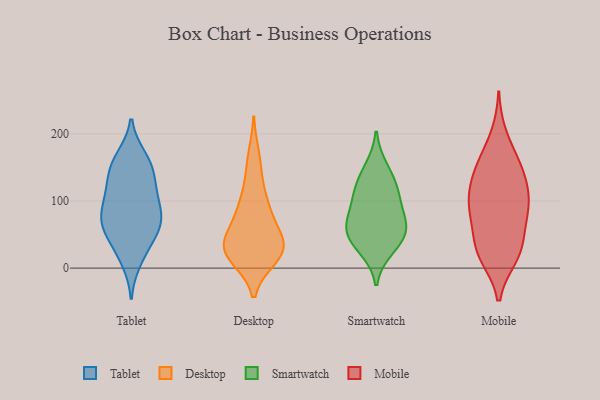
{"axis": {"x": "Net Income (USD K)", "y": "Value"}, "legend": ["Desktop", "Mobile", "Smartwatch", "Tablet"], "data": [{"x": "", "y": 142, "type": "Tablet"}, {"x": "", "y": 66, "type": "Tablet"}, {"x": "", "y": 20, "type": "Tablet"}, {"x": "", "y": 10, "type": "Tablet"}, {"x": "", "y": 156, "type": "Tablet"}, {"x": "", "y": 92, "type": "Tablet"}, {"x": "", "y": 43, "type": "Tablet"}, {"x": "", "y": 91, "type": "Tablet"}, {"x": "", "y": 62, "type": "Tablet"}, {"x": "", "y": 54, "type": "Tablet"}, {"x": "", "y": 166, "type": "Tablet"}, {"x": "", "y": 109, "type": "Tablet"}, {"x": "", "y": 109, "type": "Tablet"}, {"x": "", "y": 57, "type": "Tablet"}, {"x": "", "y": 75, "type": "Tablet"}, {"x": "", "y": 132, "type": "Tablet"}, {"x": "", "y": 135, "type": "Tablet"}, {"x": "", "y": 80, "type": "Tablet"}, {"x": "", "y": 164, "type": "Tablet"}, {"x": "", "y": 31, "type": "Desktop"}, {"x": "", "y": 37, "type": "Desktop"}, {"x": "", "y": 90, "type": "Desktop"}, {"x": "", "y": 32, "type": "Desktop"}, {"x": "", "y": 44, "type": "Desktop"}, {"x": "", "y": 16, "type": "Desktop"}, {"x": "", "y": 25, "type": "Desktop"}, {"x": "", "y": 21, "type": "Desktop"}, {"x": "", "y": 92, "type": "Desktop"}, {"x": "", "y": 20, "type": "Desktop"}, {"x": "", "y": 138, "type": "Desktop"}, {"x": "", "y": 90, "type": "Desktop"}, {"x": "", "y": 167, "type": "Desktop"}, {"x": "", "y": 54, "type": "Desktop"}, {"x": "", "y": 150, "type": "Smartwatch"}, {"x": "", "y": 81, "type": "Smartwatch"}, {"x": "", "y": 62, "type": "Smartwatch"}, {"x": "", "y": 100, "type": "Smartwatch"}, {"x": "", "y": 125, "type": "Smartwatch"}, {"x": "", "y": 40, "type": "Smartwatch"}, {"x": "", "y": 116, "type": "Smartwatch"}, {"x": "", "y": 60, "type": "Smartwatch"}, {"x": "", "y": 54, "type": "Smartwatch"}, {"x": "", "y": 28, "type": "Smartwatch"}, {"x": "", "y": 160, "type": "Mobile"}, {"x": "", "y": 106, "type": "Mobile"}, {"x": "", "y": 23, "type": "Mobile"}, {"x": "", "y": 198, "type": "Mobile"}, {"x": "", "y": 144, "type": "Mobile"}, {"x": "", "y": 17, "type": "Mobile"}, {"x": "", "y": 76, "type": "Mobile"}, {"x": "", "y": 18, "type": "Mobile"}, {"x": "", "y": 99, "type": "Mobile"}, {"x": "", "y": 155, "type": "Mobile"}, {"x": "", "y": 63, "type": "Mobile"}, {"x": "", "y": 88, "type": "Mobile"}, {"x": "", "y": 36, "type": "Mobile"}, {"x": "", "y": 149, "type": "Mobile"}, {"x": "", "y": 117, "type": "Mobile"}, {"x": "", "y": 30, "type": "Mobile"}, {"x": "", "y": 86, "type": "Mobile"}, {"x": "", "y": 114, "type": "Mobile"}]}